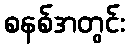
စနစ်အတွင်း